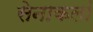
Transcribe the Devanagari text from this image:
सेनाकलां